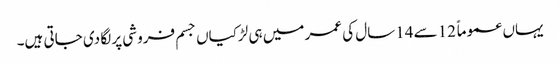
یہاں عموماً 12سے 14سال کی عمر میں ہی لڑکیاں جسم فروشی پر لگا دی جاتی ہیں۔